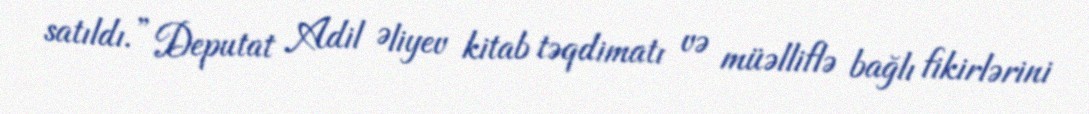
satıldı.” Deputat Adil Əliyev kitab təqdimatı və müəlliflə bağlı fikirlərini